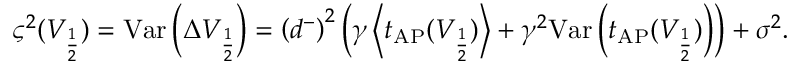
\begin{array} { r } { \varsigma ^ { 2 } ( V _ { \frac { 1 } { 2 } } ) = \mathrm { V a r } \left( \Delta V _ { \frac { 1 } { 2 } } \right) = \left( d ^ { - } \right) ^ { 2 } \left( \gamma \left\langle t _ { \mathrm { A P } } ( V _ { \frac { 1 } { 2 } } ) \right\rangle + \gamma ^ { 2 } \mathrm { V a r } \left( t _ { \mathrm { A P } } ( V _ { \frac { 1 } { 2 } } ) \right) \right) + \sigma ^ { 2 } . } \end{array}